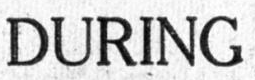
DURING